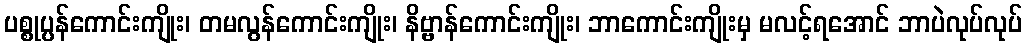
ပစ္စုပ္ပန်ကောင်းကျိုး၊ တမလွန်ကောင်းကျိုး၊ နိဗ္ဗာန်ကောင်းကျိုး၊ ဘာကောင်းကျိုးမှ မလင့်ရအောင် ဘာပဲလုပ်လုပ်